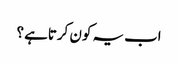
اب یہ کون کرتاہے ؟